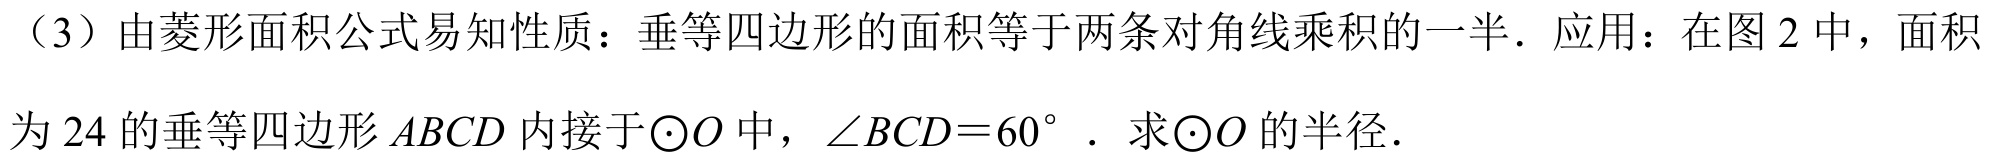
（3）由菱形面积公式易知性质：垂等四边形的面积等于两条对角线乘积的一半．应用：在图 2 中，面积
为 24 的垂等四边形 \(ABCD\) 内接于\(\odot O\)中，\(\angle BCD = 60^{\circ}\)．求\(\odot O\)的半径．